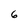
Character: 6